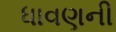
ધાવણની